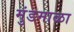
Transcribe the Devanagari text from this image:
मुंडमाळा